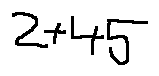
2 + 4 5